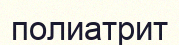
полиатрит